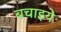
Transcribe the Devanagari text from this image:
बचाइये